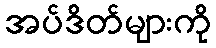
အပ်ဒိတ်များကို